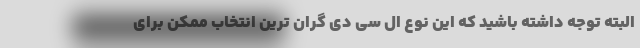
البته توجه داشته باشید که این نوع ال سی دی گران ترین انتخاب ممکن برای